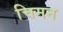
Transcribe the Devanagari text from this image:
चिमन